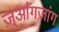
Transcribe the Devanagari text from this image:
ज़ुआंगज़ांग